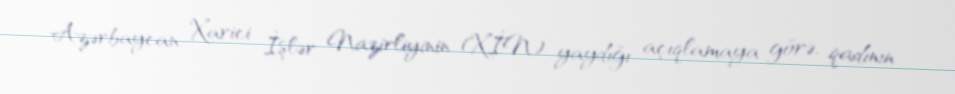
Azərbaycan Xarici İşlər Nazirliyinin (XİN) yaydığı açıqlamaya görə, qadının